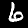
Digit: 6